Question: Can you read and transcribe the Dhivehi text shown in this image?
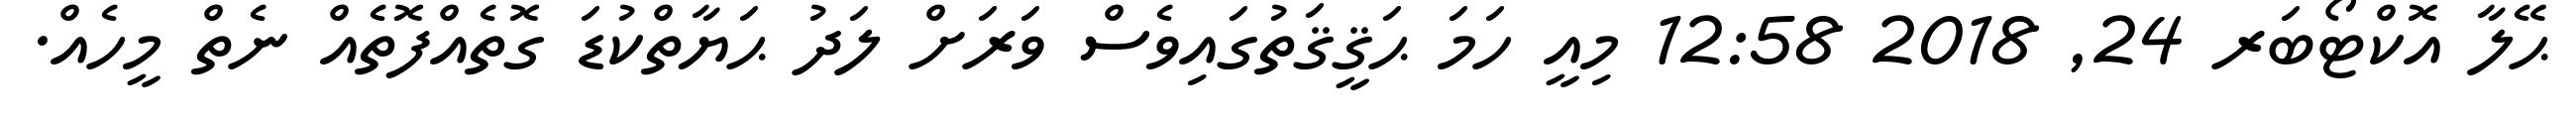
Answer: ޙޭލާ އޮކްޓޯބަރ 24, 2018 12:58 މިއީ ހަމަ ޙަޤީޤަތުގައިވެސް ވަރަށް ލަދު ޙަޔާތްކުޑަ ގޮތެއްފޮތެއް ނެތް މީހެއް.